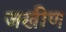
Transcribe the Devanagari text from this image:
जखीण